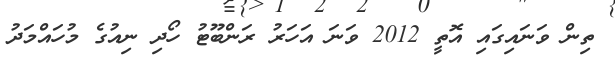
ތިން ވަނައިގައި އޮތީ 2012 ވަނަ އަހަރު ރަންބޫޓުު ހޯދި ނިއުގެ މުހައްމަދު